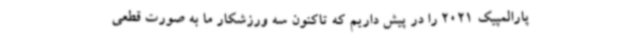
پارالمپیک 2021 را در پیش داریم که تاکنون سه ورزشکار ما به صورت قطعی